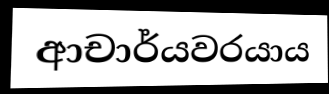
ආචාර්යවරයාය